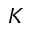
K